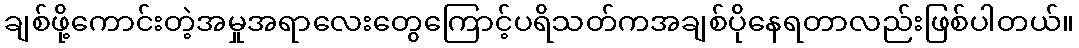
ချစ်ဖို့ကောင်းတဲ့အမှုအရာလေးတွေကြောင့်ပရိသတ်ကအချစ်ပိုနေရတာလည်းဖြစ်ပါတယ်။